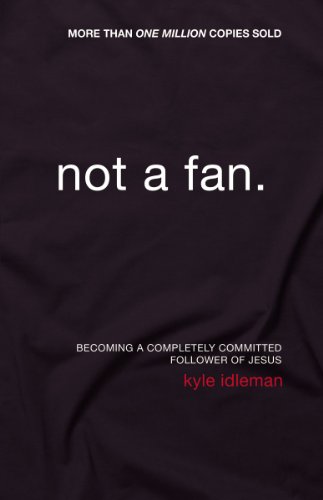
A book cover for Not a Fan: Becoming a Completely Committed Follower of Jesus; Kyle Idleman; Christian Books & Bibles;